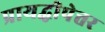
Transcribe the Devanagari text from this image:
प्रायद्धीपेत्तर